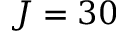
J = 3 0